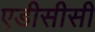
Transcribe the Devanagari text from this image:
एडीसीसी